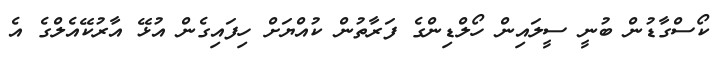
ކޯސްގާޑުން ބުނީ ސީލައިން ހޯލްޑިންގެ ފަރާތުން ކުއްޔަށް ހިފައިގެން އުޅޭ އާރުކޭއެލްގެ އެ